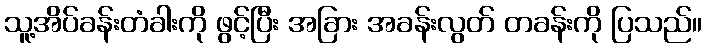
သူ့အိပ်ခန်းတံခါးကို ဖွင့်ပြီး အခြား အခန်းလွတ် တခန်းကို ပြသည်။